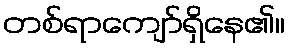
တစ်ရာကျော်ရှိနေ၏။